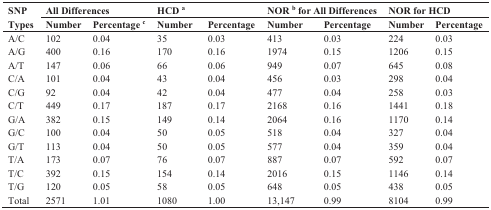
<table><thead><tr><td rowspan="2"><b>SNP Types</b></td><td colspan="2"><b>All Differences</b></td><td colspan="2"><b>HCD <sup>a</sup></b></td><td colspan="2"><b>NOR <sup>b</sup> for All Differences</b></td><td colspan="2"><b>NOR for HCD</b></td></tr><tr><td><b>Number</b></td><td><b>Percentage <sup>c</sup></b></td><td><b>Number</b></td><td><b>Percentage</b></td><td><b>Number</b></td><td><b>Percentage</b></td><td><b>Number</b></td><td><b>Percentage</b></td></tr></thead><tbody><tr><td>A/C</td><td>102</td><td>0.04</td><td>35</td><td>0.03</td><td>413</td><td>0.03</td><td>224</td><td>0.03</td></tr><tr><td>A/G</td><td>400</td><td>0.16</td><td>170</td><td>0.16</td><td>1974</td><td>0.15</td><td>1206</td><td>0.15</td></tr><tr><td>A/T</td><td>147</td><td>0.06</td><td>66</td><td>0.06</td><td>949</td><td>0.07</td><td>645</td><td>0.08</td></tr><tr><td>C/A</td><td>101</td><td>0.04</td><td>43</td><td>0.04</td><td>456</td><td>0.03</td><td>298</td><td>0.04</td></tr><tr><td>C/G</td><td>92</td><td>0.04</td><td>42</td><td>0.04</td><td>477</td><td>0.04</td><td>258</td><td>0.03</td></tr><tr><td>C/T</td><td>449</td><td>0.17</td><td>187</td><td>0.17</td><td>2168</td><td>0.16</td><td>1441</td><td>0.18</td></tr><tr><td>G/A</td><td>382</td><td>0.15</td><td>149</td><td>0.14</td><td>2064</td><td>0.16</td><td>1170</td><td>0.14</td></tr><tr><td>G/C</td><td>100</td><td>0.04</td><td>50</td><td>0.05</td><td>518</td><td>0.04</td><td>327</td><td>0.04</td></tr><tr><td>G/T</td><td>113</td><td>0.04</td><td>50</td><td>0.05</td><td>577</td><td>0.04</td><td>359</td><td>0.04</td></tr><tr><td>T/A</td><td>173</td><td>0.07</td><td>76</td><td>0.07</td><td>887</td><td>0.07</td><td>592</td><td>0.07</td></tr><tr><td>T/C</td><td>392</td><td>0.15</td><td>154</td><td>0.14</td><td>2016</td><td>0.15</td><td>1146</td><td>0.14</td></tr><tr><td>T/G</td><td>120</td><td>0.05</td><td>58</td><td>0.05</td><td>648</td><td>0.05</td><td>438</td><td>0.05</td></tr><tr><td>Total</td><td>2571</td><td>1.01</td><td>1080</td><td>1.00</td><td>13,147</td><td>0.99</td><td>8104</td><td>0.99</td></tr></tbody></table>